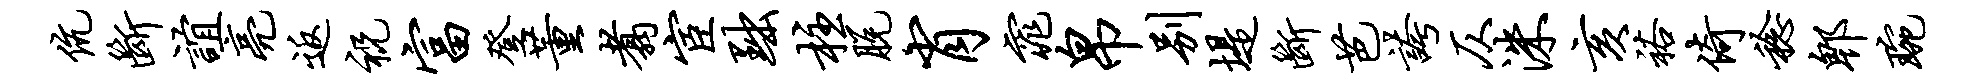
伉断谊亮返祝富登董翥宦黜柱脱肖窕帛别堤断芭夸仄洙亥裕倚稔郫琬